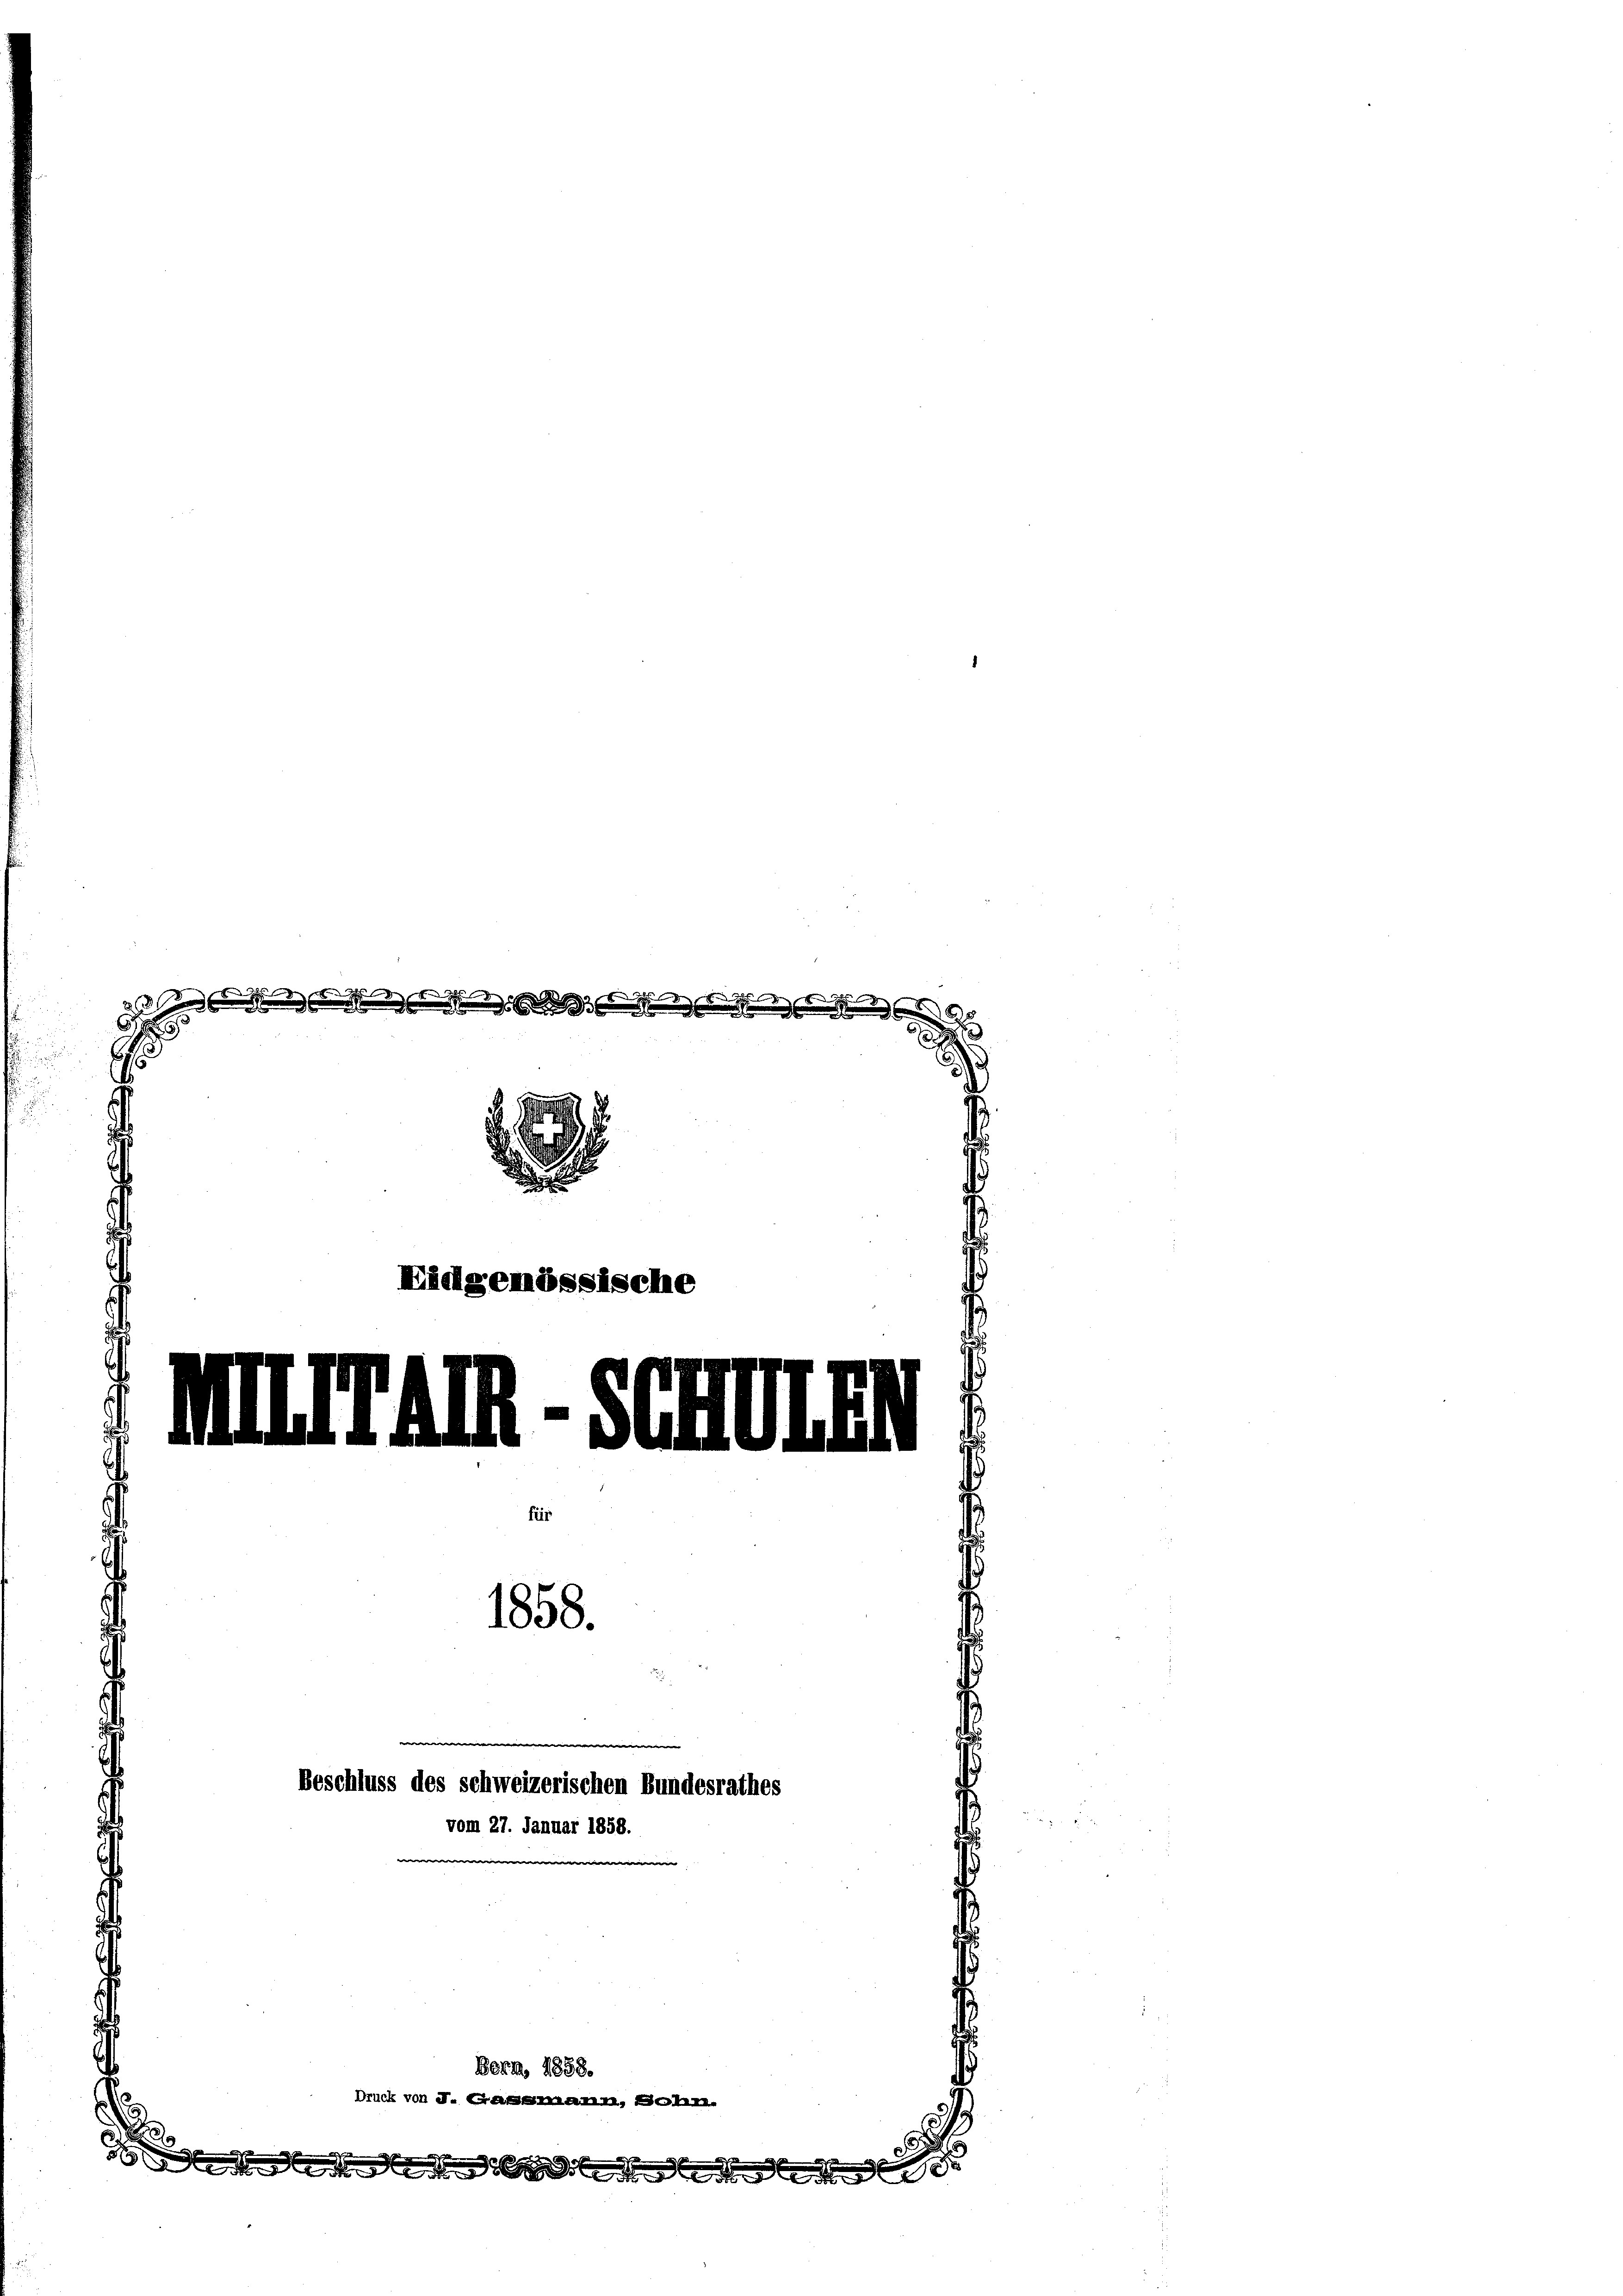
23

d
2
San
Nielgemössische

d
0

1858.
Beschluss des schweizerischen Bundesrathes
vom 27. Januar 1858.

k von J. a

Bern, 1851